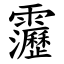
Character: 靋